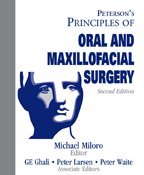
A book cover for Peterson's Principals of Oral and Maxillofacial Surgery 2 Vol. set; Michael Miloro; Medical Books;